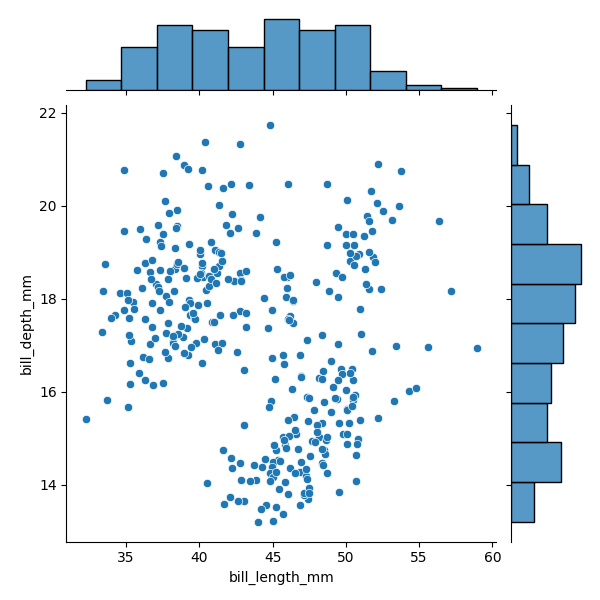
python, seaborn, JointGrid, scatterplot, histplot